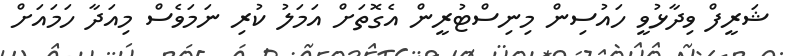
ޝަރީފް ވިދާޅުވީ ހައުސިން މިނިސްޓުރީން އެގޮތަށް އަމަލު ކުރި ނަމަވެސް މިއަދާ ހަމައަށް